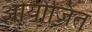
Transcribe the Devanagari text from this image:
ओयोजित